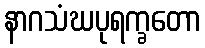
နာဂသံဃပုရက္ခတော